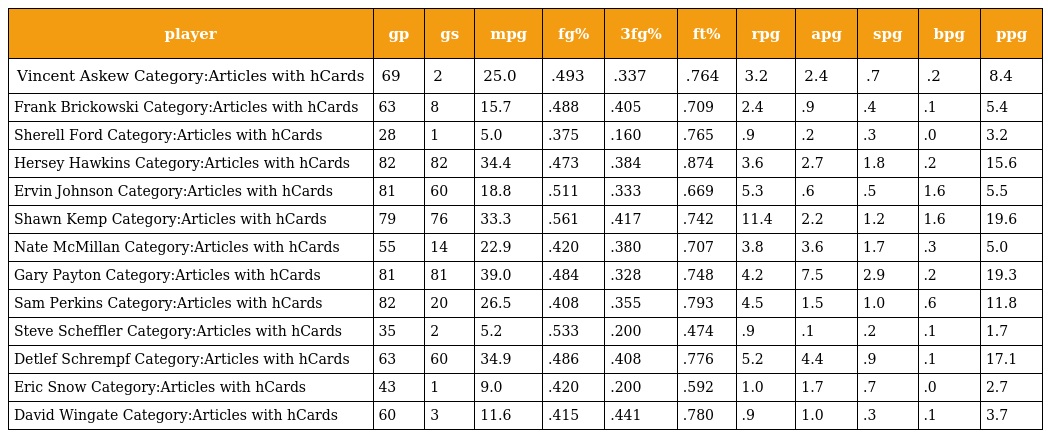
| player | gp | gs | mpg | fg% | 3fg% | ft% | rpg | apg | spg | bpg | ppg |
 | --- | --- | --- | --- | --- | --- | --- | --- | --- | --- | --- | --- |
 | Vincent Askew Category:Articles with hCards | 69 | 2 | 25.0 | .493 | .337 | .764 | 3.2 | 2.4 | .7 | .2 | 8.4 |
 | Frank Brickowski Category:Articles with hCards | 63 | 8 | 15.7 | .488 | .405 | .709 | 2.4 | .9 | .4 | .1 | 5.4 |
 | Sherell Ford Category:Articles with hCards | 28 | 1 | 5.0 | .375 | .160 | .765 | .9 | .2 | .3 | .0 | 3.2 |
 | Hersey Hawkins Category:Articles with hCards | 82 | 82 | 34.4 | .473 | .384 | .874 | 3.6 | 2.7 | 1.8 | .2 | 15.6 |
 | Ervin Johnson Category:Articles with hCards | 81 | 60 | 18.8 | .511 | .333 | .669 | 5.3 | .6 | .5 | 1.6 | 5.5 |
 | Shawn Kemp Category:Articles with hCards | 79 | 76 | 33.3 | .561 | .417 | .742 | 11.4 | 2.2 | 1.2 | 1.6 | 19.6 |
 | Nate McMillan Category:Articles with hCards | 55 | 14 | 22.9 | .420 | .380 | .707 | 3.8 | 3.6 | 1.7 | .3 | 5.0 |
 | Gary Payton Category:Articles with hCards | 81 | 81 | 39.0 | .484 | .328 | .748 | 4.2 | 7.5 | 2.9 | .2 | 19.3 |
 | Sam Perkins Category:Articles with hCards | 82 | 20 | 26.5 | .408 | .355 | .793 | 4.5 | 1.5 | 1.0 | .6 | 11.8 |
 | Steve Scheffler Category:Articles with hCards | 35 | 2 | 5.2 | .533 | .200 | .474 | .9 | .1 | .2 | .1 | 1.7 |
 | Detlef Schrempf Category:Articles with hCards | 63 | 60 | 34.9 | .486 | .408 | .776 | 5.2 | 4.4 | .9 | .1 | 17.1 |
 | Eric Snow Category:Articles with hCards | 43 | 1 | 9.0 | .420 | .200 | .592 | 1.0 | 1.7 | .7 | .0 | 2.7 |
 | David Wingate Category:Articles with hCards | 60 | 3 | 11.6 | .415 | .441 | .780 | .9 | 1.0 | .3 | .1 | 3.7 |